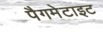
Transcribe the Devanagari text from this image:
पैगमेटाइट